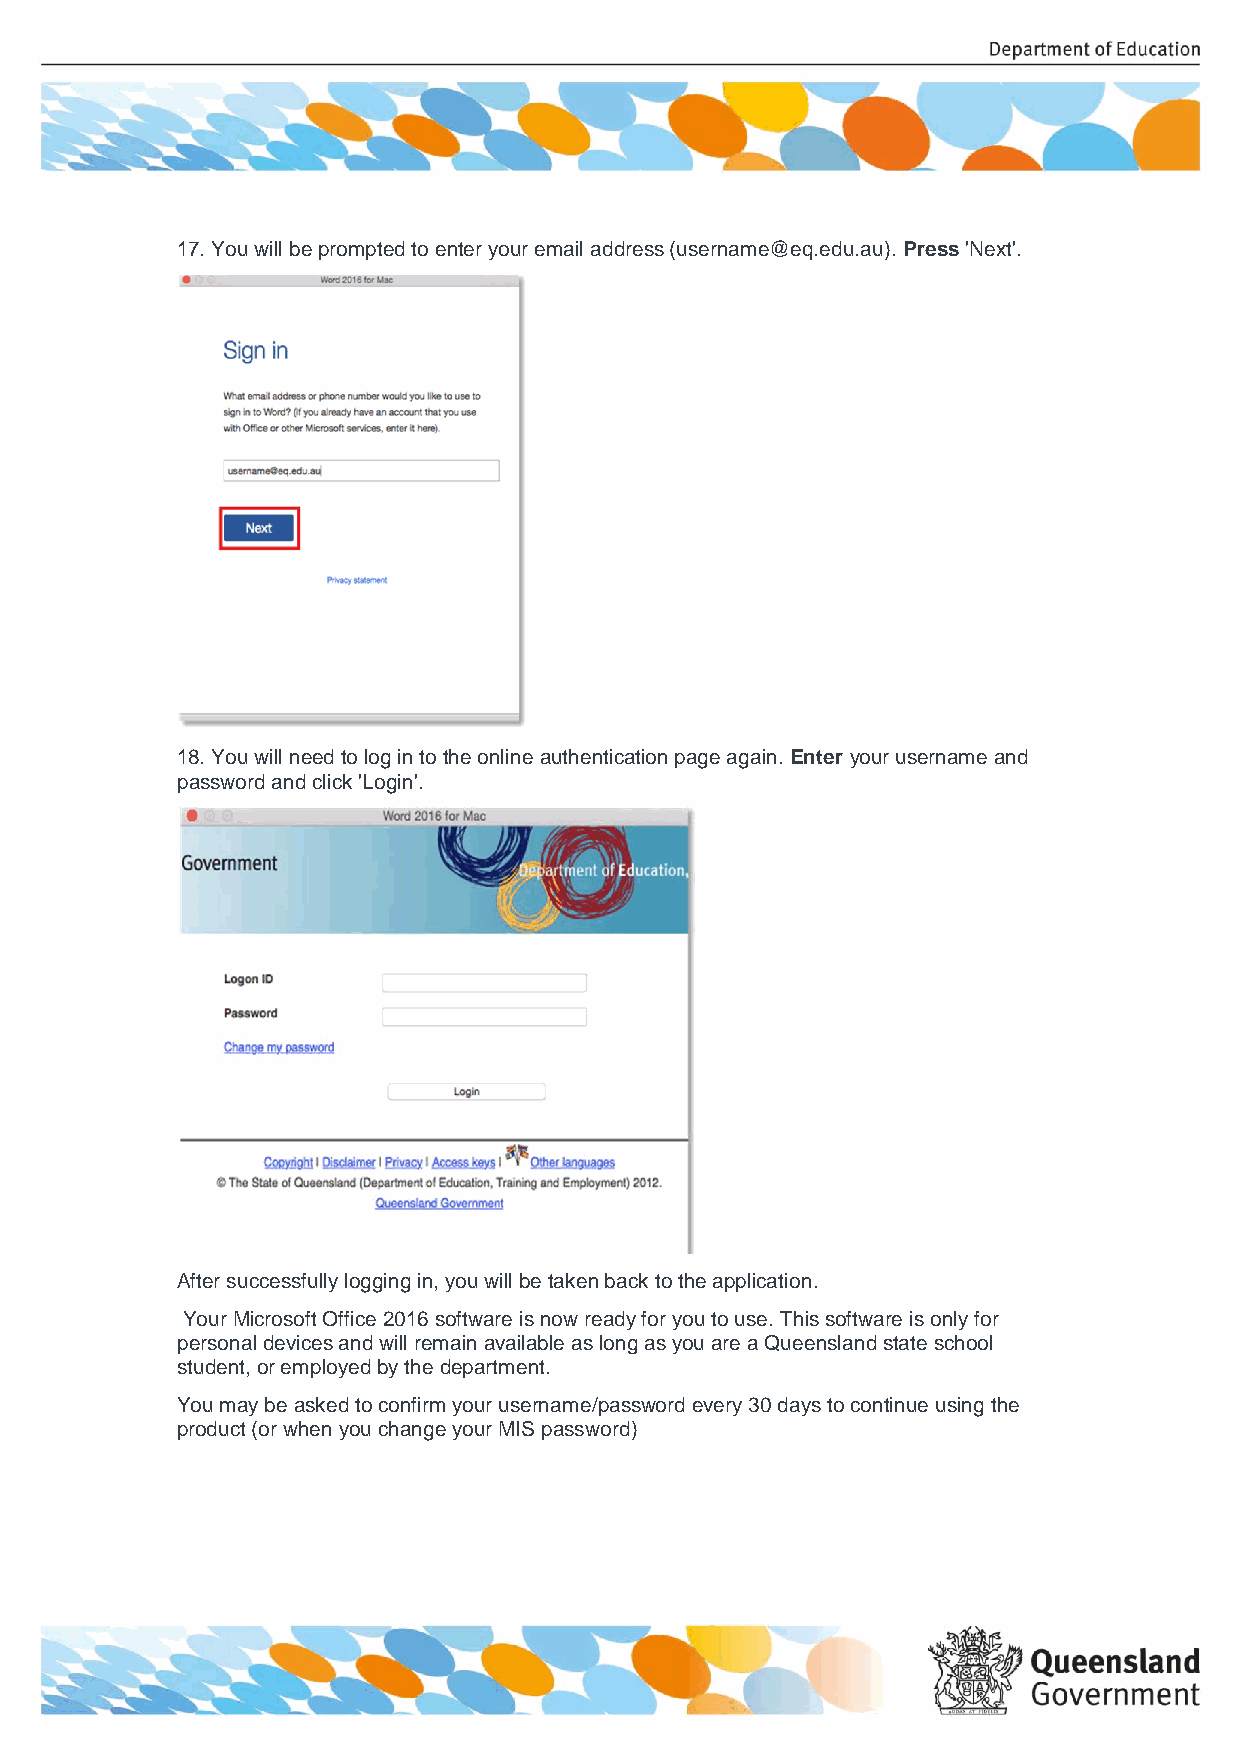
17. You will be prompted to enter your email address (username@eq.edu.au). Press 'Next'.
 18. You will need to log in to the online authentication page again. Enter your username and
 password and click 'Login'.
 After successfully logging in, you will be taken back to the application.
 Your Microsoft Office 2016 software is now ready for you to use. This software is only for
 personal devices and will remain available as long as you are a Queensland state school
 student, or employed by the department.
 You may be asked to confirm your username/password every 30 days to continue using the
 product (or when you change your MIS password)